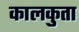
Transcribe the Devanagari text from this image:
कालकुता